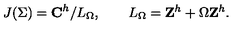
J ( \Sigma ) = { \bf C } ^ { h } / L _ { \Omega } , \qquad L _ { \Omega } = { \bf Z } ^ { h } + \Omega { \bf Z } ^ { h } .